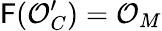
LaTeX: \mathsf{F}({\mathcal{{O}}}_{C}^{\prime})={\mathcal{{O}}}_{M}